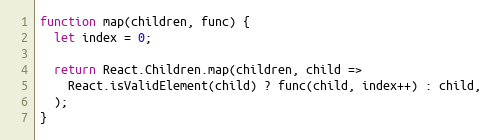
Language: JavaScript
function map(children, func) {
  let index = 0;

  return React.Children.map(children, child =>
    React.isValidElement(child) ? func(child, index++) : child,
  );
}